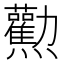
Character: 𤓘